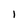
Character: 1